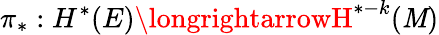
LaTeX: \pi_{*}:H^{*}(E)\longrightarrowH^{*-k}(\mathit{M})